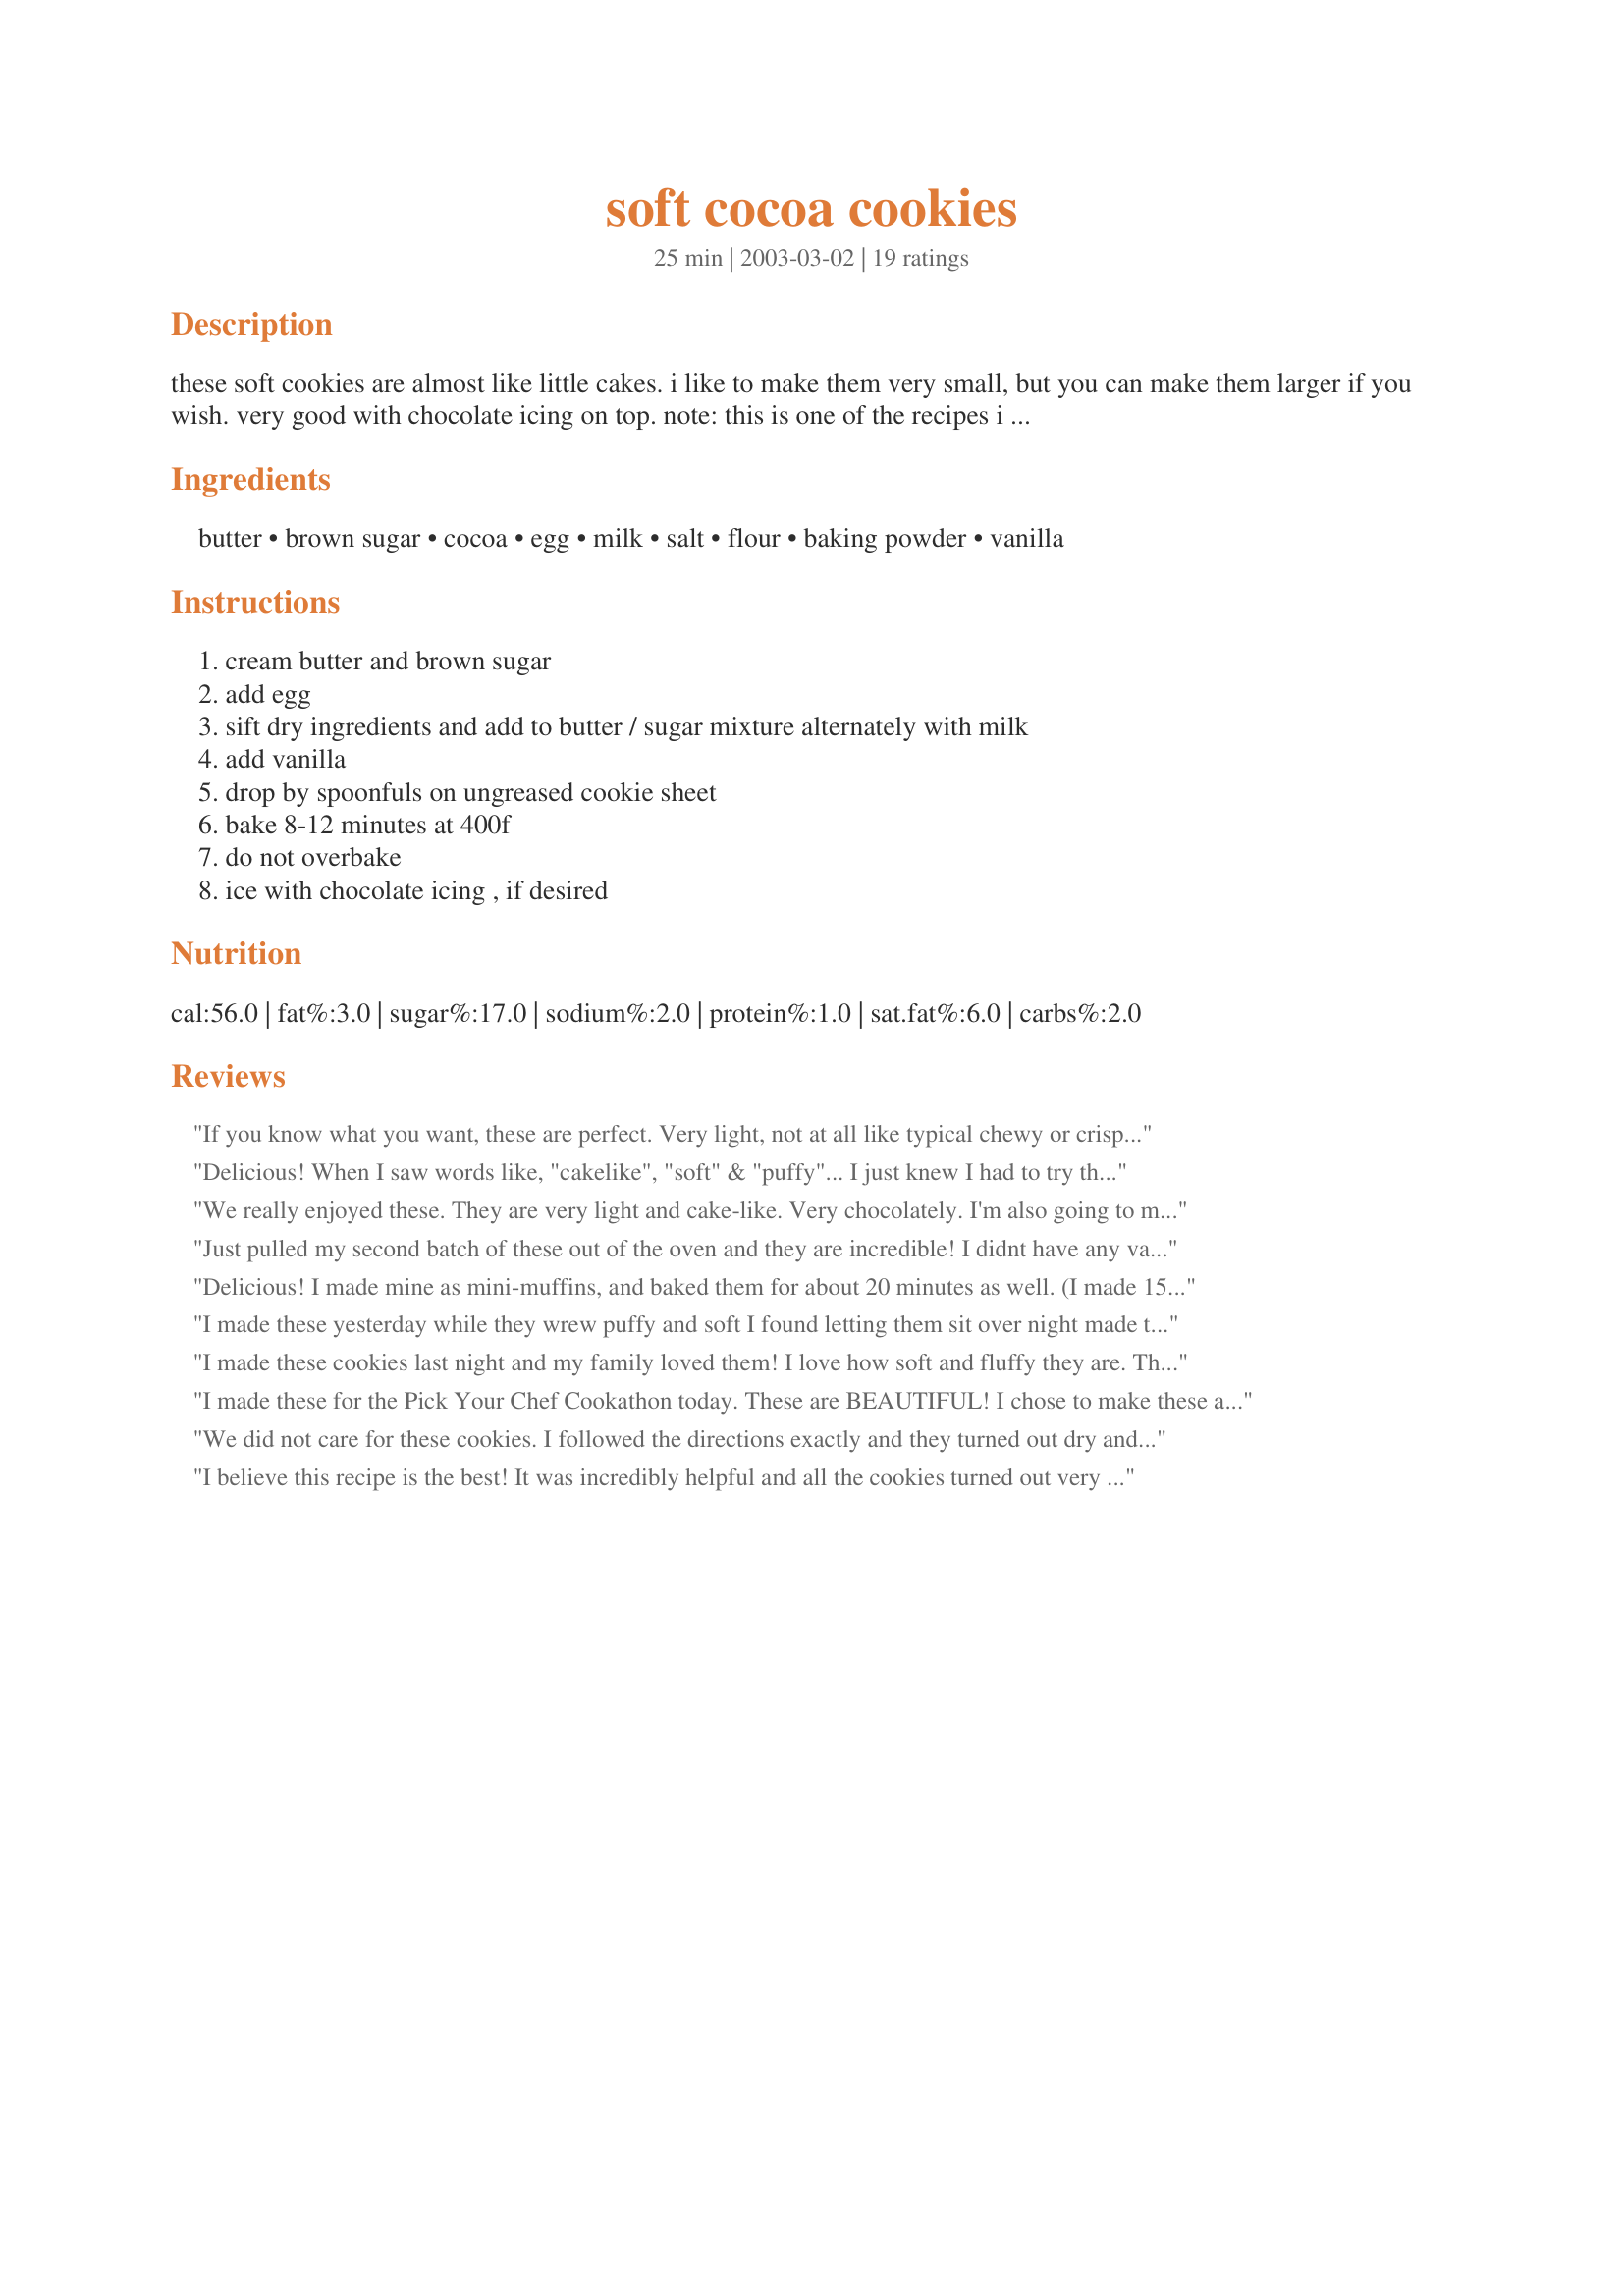
soft cocoa cookies
Preparation time: 25 minutes

these soft cookies are almost like little cakes. i like to make them very small, but you can make them larger if you wish. very good with chocolate icing on top. note: this is one of the recipes i adopted in the great 'zaar ophan adoption of 2005. i hope you enjoy it.

Ingredients:
butter, brown sugar, cocoa, egg, milk, salt, flour, baking powder, vanilla

Steps:
cream butter and brown sugar, add egg, sift dry ingredients and add to butter / sugar mixture alternately with milk, add vanilla, drop by spoonfuls on ungreased cookie sheet, bake 8-12 minutes at 400f, do not overbake, ice with chocolate icing , if desired

Reviews:
If you know what you want, these are perfect. Very light, not at all like typical chewy or crisp cookies. I made them plain but would recommend frosting since they're so cake-like that it just seems natural. (My college foodservice contractor uses chocolate cake cookies in their black-and-whites; I'd thank them to use this recipe instead!)
Delicious! When I saw words like, "cakelike", "soft" & "puffy"... I just knew I had to try them. They turned out just as described! I chose not to frost them but instead, I sifted some powdered sugar on each one and added a few raspberries when serving. They were a big hit!
We really enjoyed these. They are very light and cake-like. Very chocolately. I'm also going to make these sometime as muffins or a cake.
Just pulled my second batch of these out of the oven and they are incredible! I didnt have any vanilla extract but the cookies/cakes still taste great without. I baked at 400F for 11 minutes and they came out light, airy and perfectly soft on my newly wisdom teeth-less gums! Great recipe.
Delicious! I made mine as mini-muffins, and baked them for about 20 minutes as well. (I made 15 of these for a practice at school, by the time the last person got there the muffins were already gone!)
I made these yesterday while they wrew puffy and soft I found letting them sit over night made them even better. I baked them for 8 mins. I also put the dough in the fridge to chill for easier handling. They remind me of the cake they use in hostess snoballs which I love! Call it my guilty pleasure.
I made these cookies last night and my family loved them! I love how soft and fluffy they are. Thank you so much for posting such a delicious and unique recipe!
I made these for the Pick Your Chef Cookathon today. These are BEAUTIFUL! I chose to make these as muffins instead of cookies and they've come out wonderful. I baked these at 200C for 22 minutes. I'm so glad I picked you for my Chef;)
Thanks for posting this recipe.
We did not care for these cookies. I followed the directions exactly and they turned out dry and a bit crumbly, reminding me of those old low fat Snackwells cookies. I rated as a 2 because they were edible, and may have tasted better with frosting, but I hate frosting cookies. Going back to our favorite chocolate cookie recipe.
I believe this recipe is the best! It was incredibly helpful and all the cookies turned out very well. All the cookies were soft, puffy, and cake-like. I know I'm very picky when it comes to recipes so I must say that this recipe won't ever let you down!
I thought this cookie was extremely good.I am a cake fan and I found that this cookie was very cake like.It was so light and feathery inside.Next time I make these cookies I am going to add Hershey's butterscotch chips.
These were a nice alternative to a brownie. I made mine and added Swedish pearl sugar on half of them to give them some visual appeal without deflating them.

Baking them on parchment also allowed them to come off the cookie sheet easily.
While I sprinkled with icing sugar, I might try coconut next time.
This chocolate cookie was exactly what I was looking for ... a "chocolate" cookie without chocolate chips. They are soft, light and perfect. Next I'll try them as little muffins maybe with some peanut butter frosting.
These are simply wonderful I will be using them for my next family gathering!!
I doubled the recipe and I used &quot;Sugar In The Raw&quot;, instead of brown sugar (as I was out of brown sugar) . I used the same amount. I also added 1 tsp. of coffee extract, to give it a kick! And I also added 3-1oz squares of melted &quot;Unsweetened Baking Chocolate Squares&quot;, (cooled) to the recipe at the very end, mixed it in well and then spooned on to my cookie sheet to bake. Baked 8 to 10 minutes and they were fantastic! Everyone loved them.!!!&lt;br/&gt;&lt;br/&gt; Gale from NH
My mom used to make these all the time when I was little & I wanted to make them for my boyfriend. Unfortunately, I couldn't find her recipe, but I knew that someone on Recipezaar would have it. Thank you so much for posting it! BTW, my boyfriend says these are awesome cookies :)
I made these today and my kids said they are very good. My husband likes them too because they are very soft. They were easy to make and baked up nicely. Thank you Zenith!
this is an awesome recipe. it would be great for woopie pie. definitely cookie only 8 minutes. it also would be nice with frosting.
